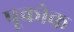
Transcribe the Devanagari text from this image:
पूकोक